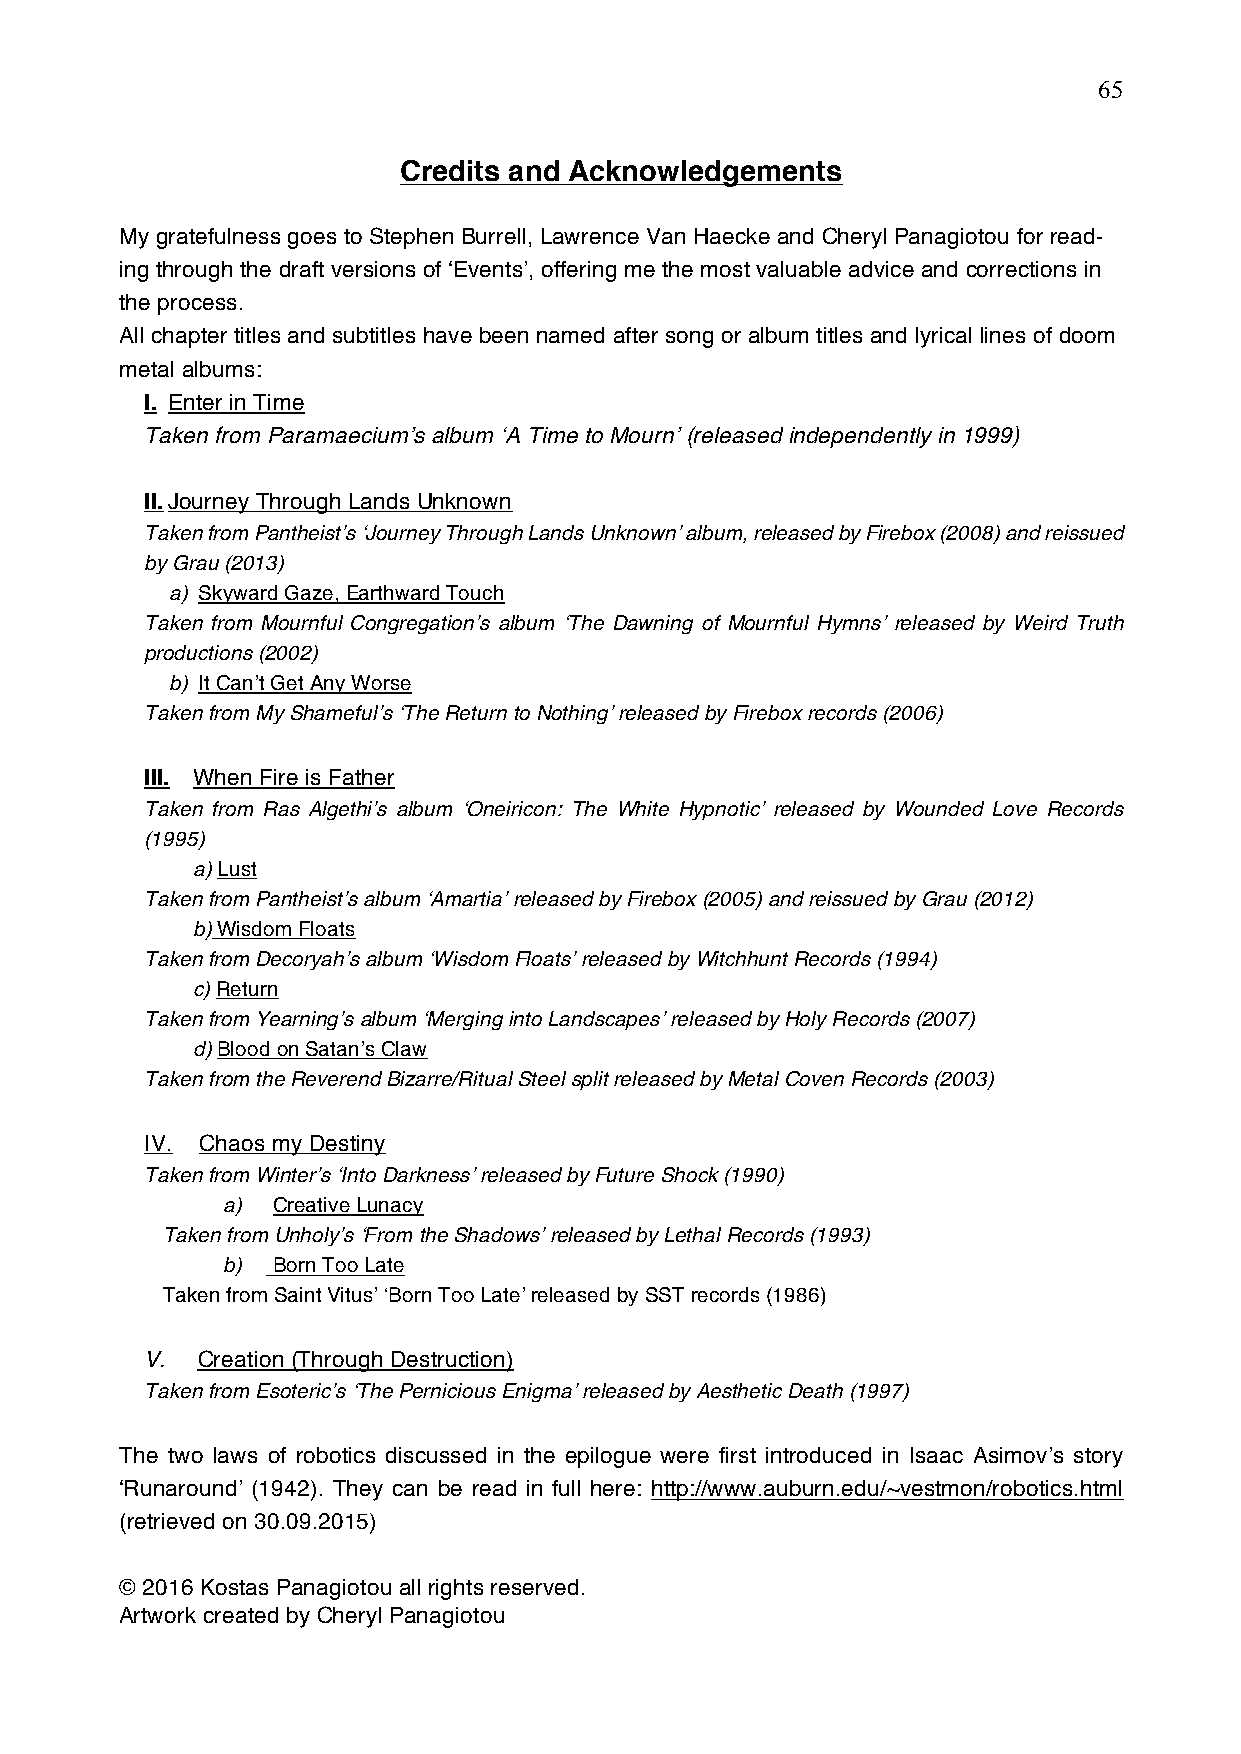
65
 Credits and Acknowledgements
 My gratefulness goes to Stephen Burrell, Lawrence Van Haecke and Cheryl Panagiotou for read-
 ing through the draft versions of ‘Events’, offering me the most valuable advice and corrections in
 the process.
 All chapter titles and subtitles have been named after song or album titles and lyrical lines of doom
 metal albums:
 I. Enter in Time
 Taken from Paramaecium’s album ‘A Time to Mourn’ (released independently in 1999)
 II. Journey Through Lands Unknown
 Taken from Pantheist’s ‘Journey Through Lands Unknown’ album, released by Firebox (2008) and reissued
 by Grau (2013)
 a) Skyward Gaze, Earthward Touch
 Taken from Mournful Congregation’s album ‘The Dawning of Mournful Hymns’ released by Weird Truth
 productions (2002)
 b) It Can’t Get Any Worse
 Taken from My Shameful’s ‘The Return to Nothing’ released by Firebox records (2006)
 III. When Fire is Father
 Taken from Ras Algethi’s album ‘Oneiricon: The White Hypnotic’ released by Wounded Love Records
 (1995)
 a) Lust
 Taken from Pantheist’s album ‘Amartia’ released by Firebox (2005) and reissued by Grau (2012)
 b) Wisdom Floats
 Taken from Decoryah’s album ‘Wisdom Floats’ released by Witchhunt Records (1994)
 c) Return
 Taken from Yearning’s album ‘Merging into Landscapes’ released by Holy Records (2007)
 d) Blood on Satan’s Claw
 Taken from the Reverend Bizarre/Ritual Steel split released by Metal Coven Records (2003)
 IV. Chaos my Destiny
 Taken from Winter’s ‘Into Darkness’ released by Future Shock (1990)
 a) Creative Lunacy
 Taken from Unholy’s ‘From the Shadows’ released by Lethal Records (1993)
 b) Born Too Late
 Taken from Saint Vitus’ ‘Born Too Late’ released by SST records (1986)
 V. Creation (Through Destruction)
 Taken from Esoteric’s ‘The Pernicious Enigma’ released by Aesthetic Death (1997)
 The two laws of robotics discussed in the epilogue were first introduced in Isaac Asimov’s story
 ‘Runaround’ (1942). They can be read in full here: http://www.auburn.edu/~vestmon/robotics.html
 (retrieved on 30.09.2015)
 © 2016 Kostas Panagiotou all rights reserved.
 Artwork created by Cheryl Panagiotou